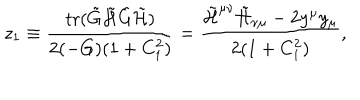
z _ { 1 } \equiv \frac { \mathrm { t r } ( \tilde { G } \tilde { { \cal H } } \tilde { G } \tilde { { \cal H } } ) } { 2 ( - G ) ( 1 + C _ { 1 } ^ { 2 } ) } = \frac { \tilde { { \cal H } } ^ { \mu \nu } \tilde { { \cal H } } _ { \nu \mu } - 2 y ^ { \mu } y _ { \mu } } { 2 ( 1 + C _ { 1 } ^ { 2 } ) } ,